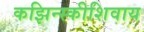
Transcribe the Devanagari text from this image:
कझिन्स्कीशिवाय